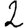
Digit: 2